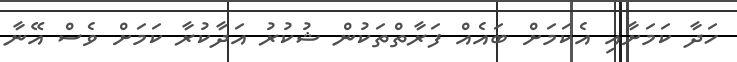
ހަދާ ކަމަށާއި އެކަމަށް ބައެއް ފަރާތްތަކުން ޝުކުރު އަދާކުރާ ކަމަށް ވެސް އޭނާ